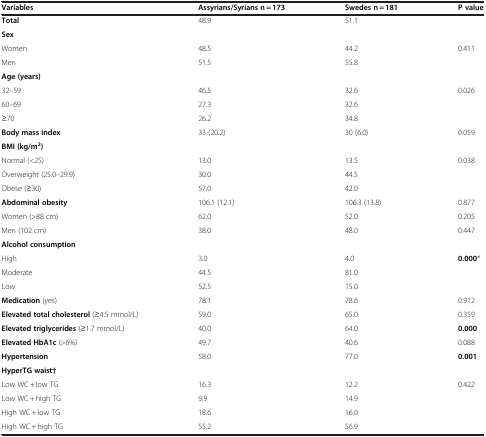
| Variables | Assyrians/Syrians n = 173 | Swedes n = 181 | P value |
 | --- | --- | --- | --- |
 | Total | 48.9 | 51.1 |  |
 | <COLSPAN=4> Sex |
 | Women | 48.5 | 44.2 | 0.411 |
 | Men | 51.5 | 55.8 |  |
 | <COLSPAN=4> Age (years) |
 | 32–59 | 46.5 | 32.6 | 0.026 |
 | 60–69 | 27.3 | 32.6 |  |
 | ≥70 | 26.2 | 34.8 |  |
 | Body mass index | 33 (20.2) | 30 (6.0) | 0.059 |
 | <COLSPAN=4> BMI (kg/m2) |
 | Normal (<25) | 13.0 | 13.5 | 0.038 |
 | Overweight (25.0–29.9) | 30.0 | 44.5 |  |
 | Obese (≥30) | 57.0 | 42.0 |  |
 | Abdominal obesity | 106.1 (12.1) | 106.3 (13.8) | 0.877 |
 | Women (>88 cm) | 62.0 | 52.0 | 0.205 |
 | Men (102 cm) | 38.0 | 48.0 | 0.447 |
 | <COLSPAN=4> Alcohol consumption |
 | High | 3.0 | 4.0 | 0.000* |
 | Moderate | 44.5 | 81.0 |  |
 | Low | 52.5 | 15.0 |  |
 | Medication (yes) | 78.1 | 78.6 | 0.912 |
 | Elevated total cholesterol (≥4.5 mmol/L) | 59.0 | 65.0 | 0.359 |
 | Elevated triglycerides (≥1.7 mmol/L) | 40.0 | 64.0 | 0.000 |
 | Elevated HbA1c (>6%) | 49.7 | 40.6 | 0.088 |
 | Hypertension | 58.0 | 77.0 | 0.001 |
 | <COLSPAN=4> HyperTG waist† |
 | Low WC + low TG | 16.3 | 12.2 | 0.422 |
 | Low WC + high TG | 9.9 | 14.9 |  |
 | High WC + low TG | 18.6 | 16.0 |  |
 | High WC + high TG | 55.2 | 56.9 |  |